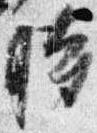
時